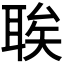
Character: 𫆆